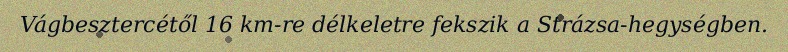
Vágbesztercétől 16 km-re délkeletre fekszik a Strázsa-hegységben.